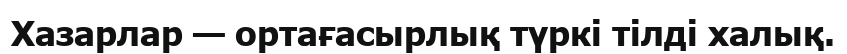
Хазарлар — ортағасырлық түркі тілді халық.